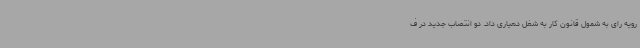
رویه رای به شمول قانون کار به شغل دهیاری داد. دو انتصاب جدید در ف